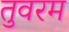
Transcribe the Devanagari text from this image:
तुवरम